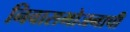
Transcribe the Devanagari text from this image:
निवासभोजनाची